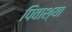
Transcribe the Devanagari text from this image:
पिवाश्या